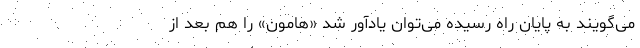
می‌گویند به پایان راه رسیده می‌توان یادآور شد «هامون» را هم بعد از